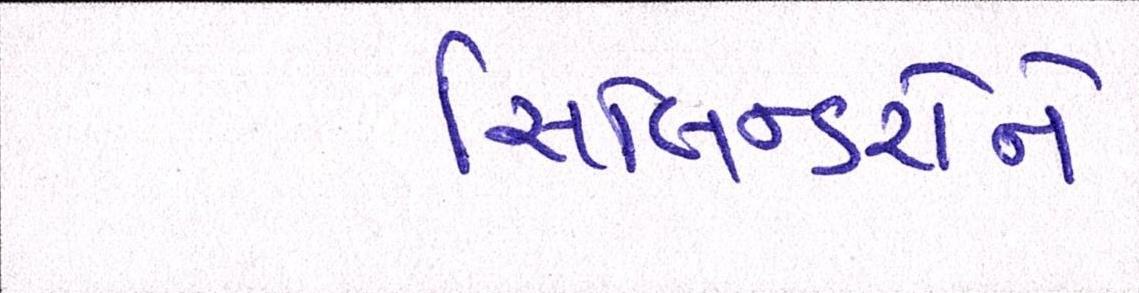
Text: સિલિન્ડરોને